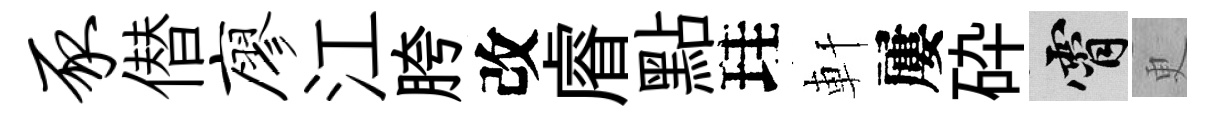
豕僣廖江胯改𥈠點珪軒屢砕霄更